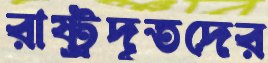
রাষ্ট্রদূতদের